Annual administration report of the Bombay Presidency - 1887-1892
Year: 1887
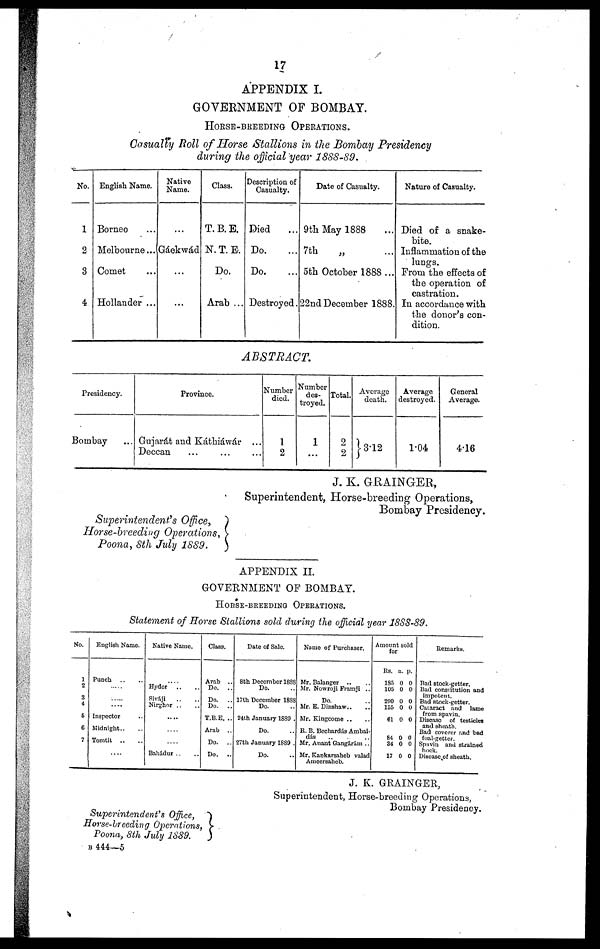
17
APPENDIX I.
GOVERNMENT OF BOMBAY.
HORSE-BREEDING OPERATIONS.
Casually Roll of Horse Stallions in the Bombay Presidency
during the official year 1888-89.
No.
1
2
3
4
English Name.
Borneo ...
Melbourne ...
Comet ...
Hollander ...
Native
Name.
...
Gáekwád
...
...
Class.
T. B. E.
N. T. E.
Do.
Arab ...
Description of
Casualty.
Died ...
Do. ...
Do. ...
Destroyed.
Date of Casualty.
9th May 1888 ...
7th
„ ...
5th October 1888...
22nd December 1888.
Nature of Casualty.
Died of a snake-
bite.
Inflammation of the
lungs.
From the effects of
the operation of
castration.
In accordance with
the donor's con-
dition.
ABSTRACT.
Presidency.
Bombay ...
Province.
Gujarát and Káthiáwár ...
Deccan ... ... ...
Number
died.
1
2
Number
des-
troyed.
1
...
Total.
2
2
Average
death.
3.12
Average
destroyed.
1.04
General
Average.
4.16
J. K. GRAINGER,
Superintendent, Horse-breeding Operations,
Bombay Presidency.
Superintendents Office,
Horse-breeding Operations,
Poona, 8th July 1889.
APPENDIX II.
GOVERNMENT OF BOMBAY.
HORSE-BREEDING OPERATIONS.
Statement of Horse Stallions sold during the official year 1888-89.
No.
1
2
3
4
5
6
7
English Name.
Punch .. ..
.....
.....
.....
Inspector ..
Midnight .. ..
Tomtit .. ..
....
Native Name.
....
Hyder
.. ..
Siváji .. ..
Nirghor .. ..
....
....
....
Bahádur .. ..
Class.
Arab
..
Do.
..
Do.
..
Do.
..
T.B.E. ..
Arab
..
Do.
..
Do.
..
Date of Sale.
8th December 1888
Do. ..
17th December 1888
Do. ..
24th January 1889 .
Do. ..
27th January 1889 .
Do. ..
Name of Purchaser.
Mr. Balanger .. ..
Mr. Nowroji Framji ..
Do. ..
Mr. E. Dinshaw.. ..
Mr. Kingcome .. ..
R. B. Bechardás Arabai¬
dás .. ..
Mr. Anant Gangárám ..
Mr. Kankarsaheb valad
Ameersaheb.
Amount sold
for
Rs.
185
105
290
155
61
84
34
17
a.
0
0
0
0
0
0
0
0
p.
0
0
0
0
0
0
0
0
Remarks.
Bad stock-getter.
Bad constitution and
impotent.
Bad stock-getter.
Cataract and
lame
from spavin.
Disease of testicles
and sheath.
Bad coverer and bad
foal-getter.
Spavin and strained
hock.
Disease of sheath.
J. K. GRAINGER,
Superintendent, Horse-breeding Operations,
Bombay Presidency.
Superintendent's Office,
Horse-breeding Operations,
Poona, 8th July 1889.
B 444—5